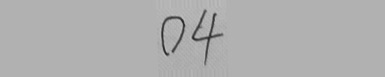
0 4